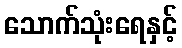
သောက်သုံးရေနှင့်